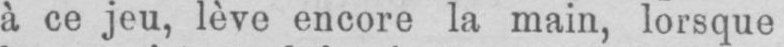
à ce jeu, lève encore la main, lorsque